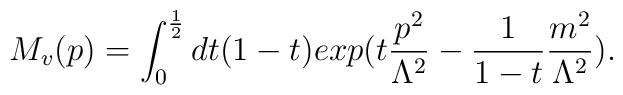
M_v(p)=\int_0^\frac{1}{2}dt(1-t)exp(t\frac{p^2}{\Lambda^2}-\frac{1}{1-t}\frac{m^2}{\Lambda^2}).